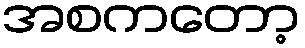
အစကတော့